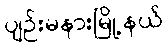
ပျဉ်းမနားမြို့နယ်